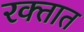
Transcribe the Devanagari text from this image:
रक्‍तात